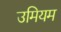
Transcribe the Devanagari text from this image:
उमियम